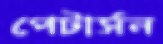
পেটার্সন